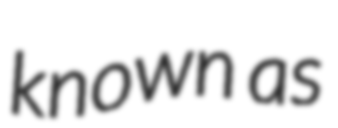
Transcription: known as